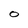
Character: O